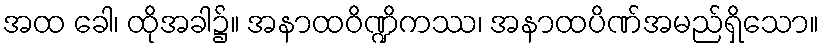
အထ ခေါ၊ ထိုအခါ၌။ အနာထဝိဏ္ဍိကဿ၊ အနာထပိဏ်အမည်ရှိသော။